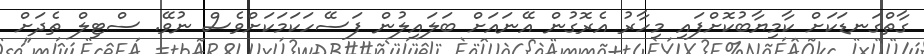
ގާތްގަނޑަކަށް ކާމިޔާބުކޮށްފައި މިހާރު އެރޮގުން އޭނައަށް ބަލައިލުން ފަސޭހަކަމަކަށްވެސް ނުވޭ. ސްޓިލް ތެދަށް